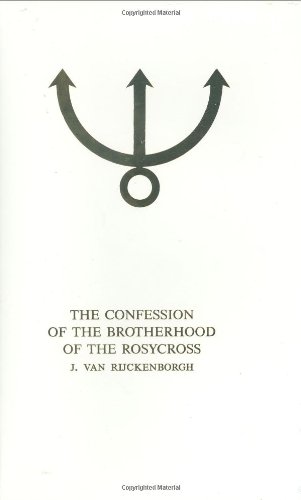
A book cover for The Confession Of The Rosicrucian Brotherhood; J. van Rijckenborgh; Religion & Spirituality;